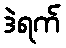
ဒဲရက်